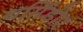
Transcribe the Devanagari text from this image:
थर्मिडोर